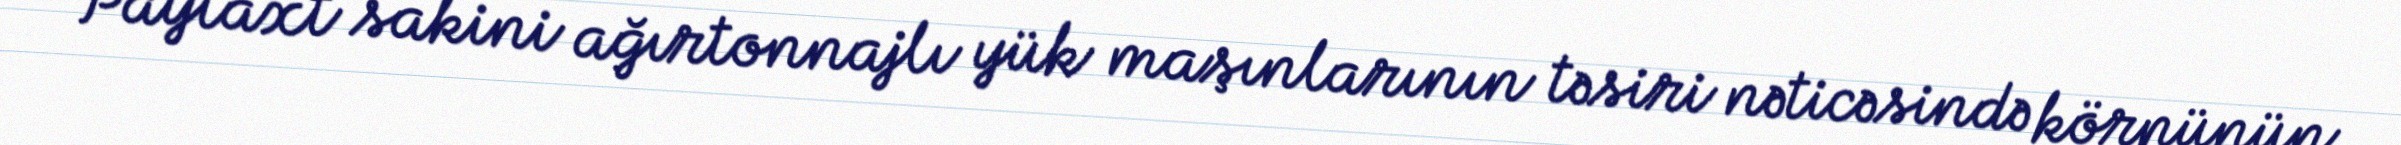
Paytaxt sakini ağırtonnajlı yük maşınlarının təsiri nəticəsində körpünün